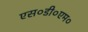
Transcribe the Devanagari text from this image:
एस०डी०एम०